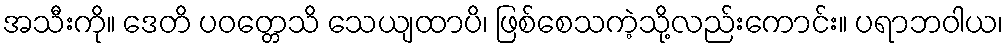
အသီးကို။ ဒေတိ ပဝတ္တေသိ သေယျထာပိ၊ ဖြစ်စေသကဲ့သို့လည်းကောင်း။ ပရာဘဝါယ၊